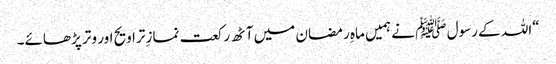
“اللہ کے رسول ﷺ نے ہمیں ماہِ رمضان میں آٹھ رکعت نمازِ تراویح اور وتر پڑھائے۔